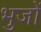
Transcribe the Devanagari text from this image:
भुजों